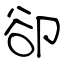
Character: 卻